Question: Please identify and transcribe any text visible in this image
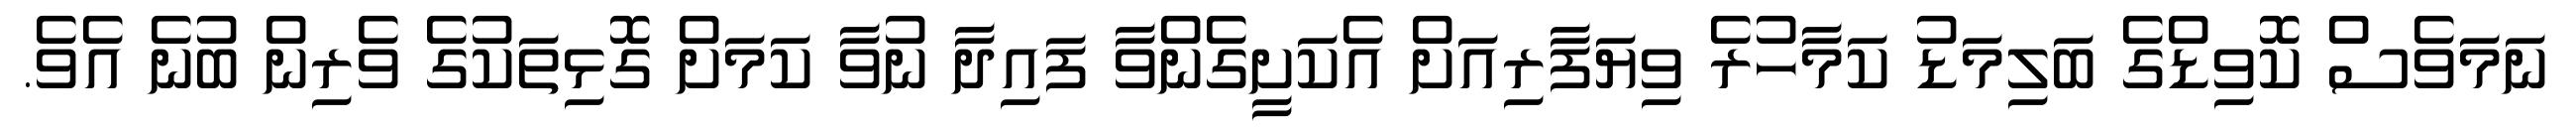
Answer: ނަމަވެސް ކޮވިޑްގެ ބަލިމަޑު ކަމާހުރެ ވިޔަފާރިއަށް އެކަށީގެންވާ ފައިދާ ނުވާ ކަމަށް ގޮޅިތަކުގެ ވެރިން ބުނެ އެވެ.